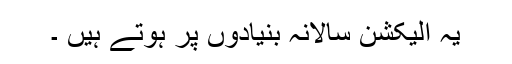
یہ الیکشن سالانہ بنیادوں پر ہوتے ہیں ۔